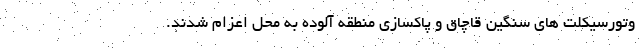
وتورسیکلت های سنگین قاچاق و پاکسازی منطقه آلوده به محل اعزام شدند.